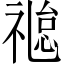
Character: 𬓐